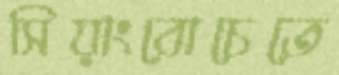
সিয়াংবোচেতে